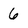
Character: 6